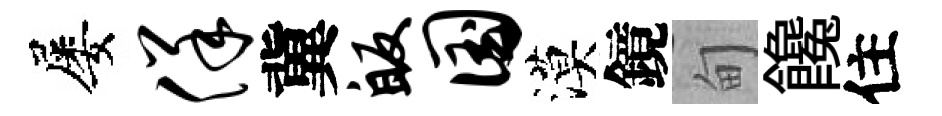
屡佯冀皈国漠鏡甸饞住